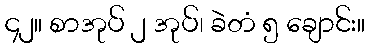
၄၂။ စာအုပ် ၂ အုပ်၊ ခဲတံ ၅ ချောင်း။